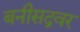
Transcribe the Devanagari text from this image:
बनीसद्रवर